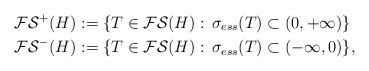
LaTeX: \begin{align*}\mathcal{FS}^+(H)&:=\{T\in\mathcal{FS}(H):\, \sigma_{ess}(T)\subset(0,+\infty)\}\\\mathcal{FS}^-(H)&:=\{T\in\mathcal{FS}(H):\, \sigma_{ess}(T)\subset(-\infty,0)\},\end{align*}